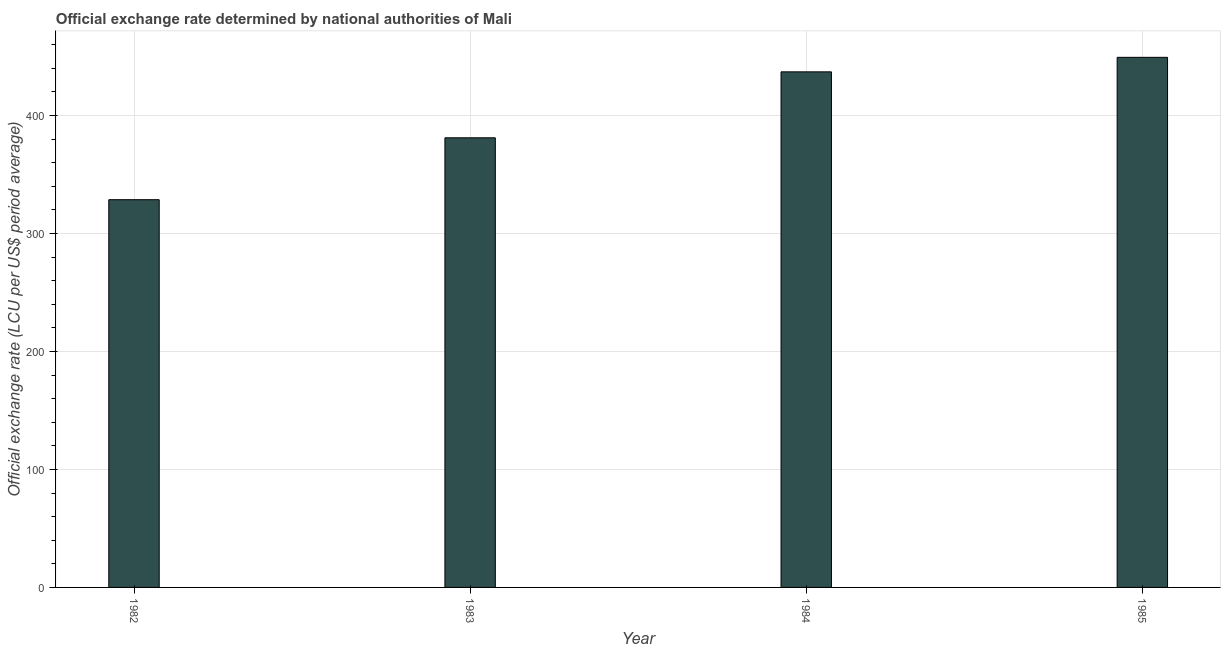
| Year | Official exchange rate |
 | --- | --- |
 | 1982 | 329 |
 | 1983 | 381 |
 | 1984 | 437 |
 | 1985 | 449 |